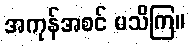
အကုန်အစင် မသိကြ။